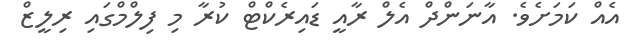
އެއް ކަމަށެވެ. އާނަންދް އެލް ރާއީ ޑައިރެކްޓް ކުރާ މި ފިލްމްގައި ރިލީޒް